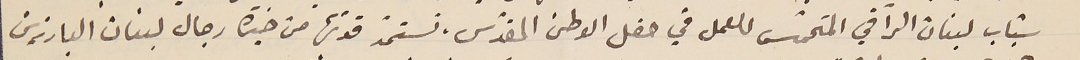
شباب لبنان الرّاقي المتحمّس للعمل في حفل الوطن المقدّس، تستمدّ قوتها من خيرة رجال لبنان البارزين